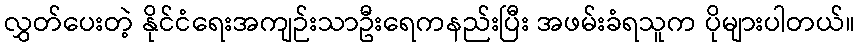
လွှတ်ပေးတဲ့ နိုင်ငံရေးအကျဉ်းသာဦးရေကနည်းပြီး အဖမ်းခံရသူက ပိုများပါတယ်။